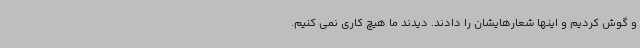
و گوش کردیم و اینها شعارهایشان را دادند. دیدند ما هیچ کاری نمی کنیم.